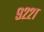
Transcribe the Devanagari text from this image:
९२२१